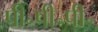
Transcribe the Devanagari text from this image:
पी॰पी॰पी॰